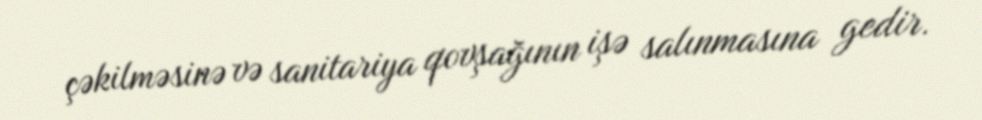
çəkilməsinə və sanitariya qovşağının işə salınmasına gedir.